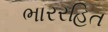
ભારરહિત